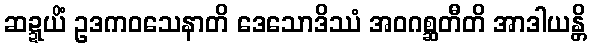
ဆဍ္ဍယိံ ဥဒကဝသေနာတိ ဒေသောဒိဿံ အဝဂစ္ဆတီတိ အာဒါယန္တိ